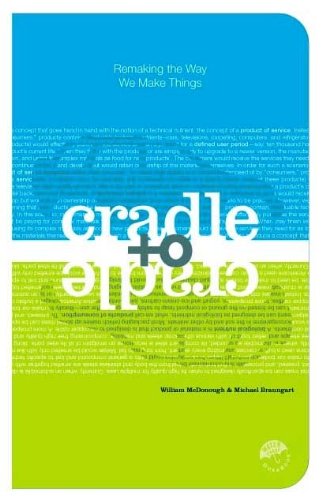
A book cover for Cradle to Cradle: Remaking the Way We Make Things; William McDonough; Science & Math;